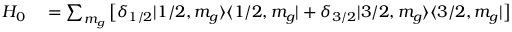
\begin{array} { r l } { H _ { 0 } } & { { } = \sum _ { m _ { g } } \big [ \delta _ { 1 / 2 } | 1 / 2 , m _ { g } \rangle \langle 1 / 2 , m _ { g } | + \delta _ { 3 / 2 } | 3 / 2 , m _ { g } \rangle \langle 3 / 2 , m _ { g } | \big ] } \end{array}